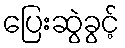
ပြေးဆွဲခွင့်